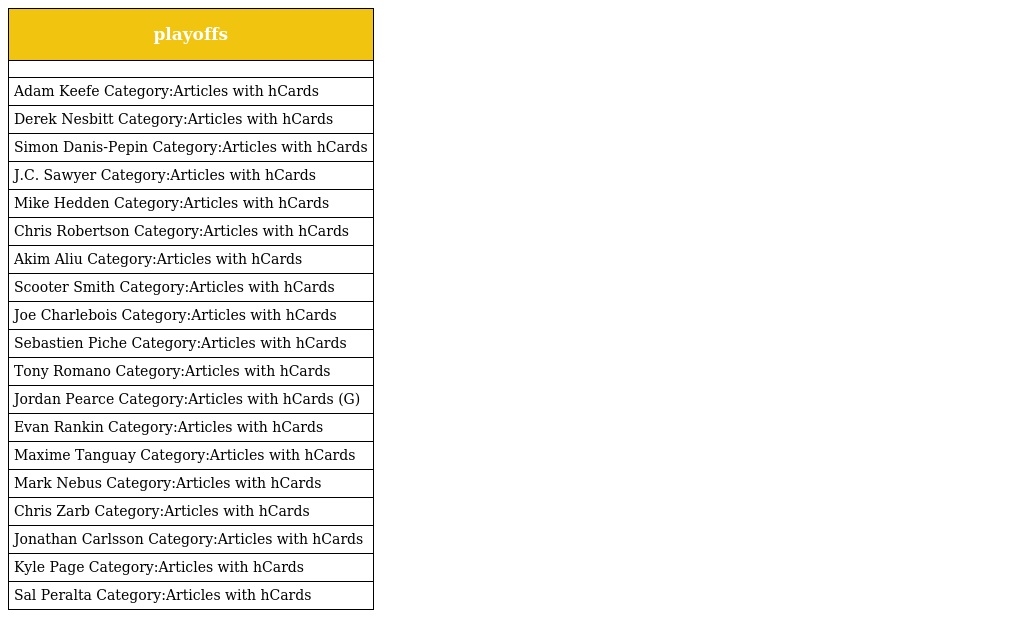
| playoffs |
 | --- |
 |  |
 | Adam Keefe Category:Articles with hCards |
 | Derek Nesbitt Category:Articles with hCards |
 | Simon Danis-Pepin Category:Articles with hCards |
 | J.C. Sawyer Category:Articles with hCards |
 | Mike Hedden Category:Articles with hCards |
 | Chris Robertson Category:Articles with hCards |
 | Akim Aliu Category:Articles with hCards |
 | Scooter Smith Category:Articles with hCards |
 | Joe Charlebois Category:Articles with hCards |
 | Sebastien Piche Category:Articles with hCards |
 | Tony Romano Category:Articles with hCards |
 | Jordan Pearce Category:Articles with hCards (G) |
 | Evan Rankin Category:Articles with hCards |
 | Maxime Tanguay Category:Articles with hCards |
 | Mark Nebus Category:Articles with hCards |
 | Chris Zarb Category:Articles with hCards |
 | Jonathan Carlsson Category:Articles with hCards |
 | Kyle Page Category:Articles with hCards |
 | Sal Peralta Category:Articles with hCards |